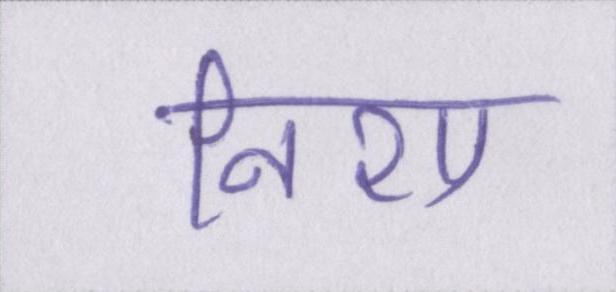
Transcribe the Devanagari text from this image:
निशा